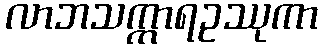
လာဘသက္ကာရဥဿုကာ